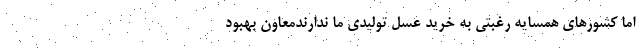
اما کشورهای همسایه رغبتی به خرید عسل تولیدی ما ندارندمعاون بهبود